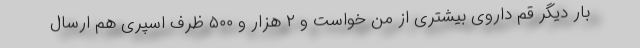
بار دیگر قم داروی بیشتری از من خواست و ۲ هزار و ۵۰۰ ظرف اسپری هم ارسال